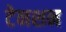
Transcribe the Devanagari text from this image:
टेनशन